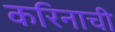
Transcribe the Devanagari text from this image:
करिनाची